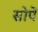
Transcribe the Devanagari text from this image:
सोपें